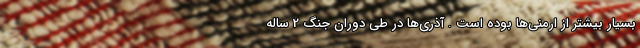
بسیار بیشتر از ارمنی‌ها بوده است . آذری‌ها در طی دوران جنگ 2 ساله